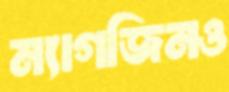
ম্যাগজিনও